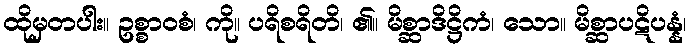
ထိုမှတပါး။ ဥစ္စာဝစံ၊ ကို။ ပရိစရိတိ၊ ၏။ မိစ္ဆာဒိဋ္ဌိကံ၊ သော။ မိစ္ဆာပဋိပန္နံ၊